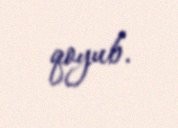
qoyub.